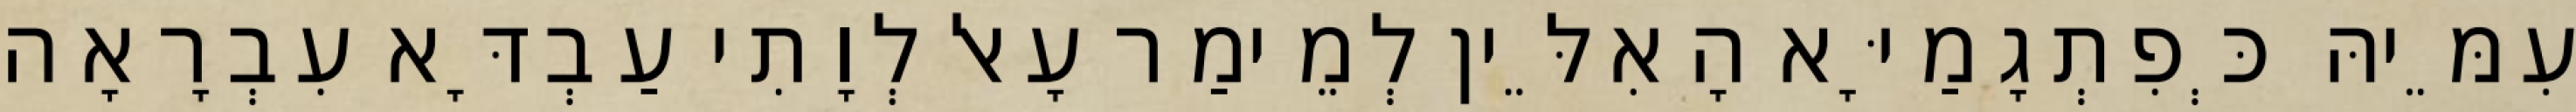
עִמֵּיהּ כְּפִתְגָמַיָּא הָאִלֵּין לְמֵימַר עָאל לְוָתִי עַבְדָּא עִבְרָאָה